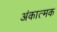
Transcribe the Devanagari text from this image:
अंकात्मक